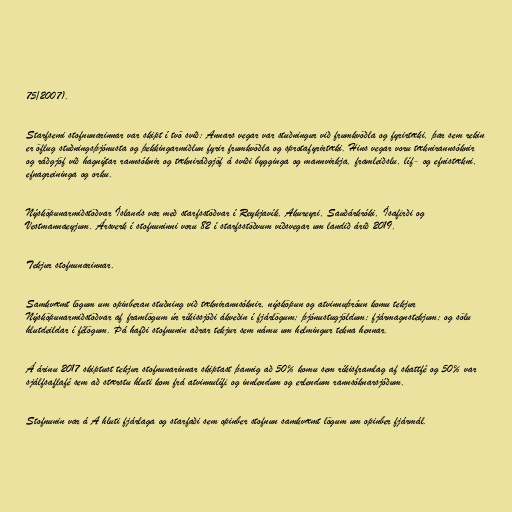
75/2007).

Starfsemi stofnunarinnar var skipt í tvö svið: Annars vegar var stuðningur við frumkvöðla og fyrirtæki, þar sem rekin
er öflug stuðningsþjónusta og þekkingarmiðlun fyrir frumkvöðla og sprotafyrirtæki. Hins vegar voru tæknirannsóknir
og ráðgjöf við hagnýtar rannsóknir og tækniráðgjöf á sviði bygginga og mannvirkja, framleiðslu, líf- og efnistækni,
efnagreininga og orku.

Nýsköpunarmiðstöðvar Íslands var með starfsstöðvar í Reykjavík, Akureyri, Sauðárkróki, Ísafirði og
Vestmannaeyjum. Ársverk í stofnuninni voru 82 í starfsstöðvum víðsvegar um landið árið 2019.

Tekjur stofnunarinnar.

Samkvæmt lögum um opinberan stuðning við tæknirannsóknir, nýsköpun og atvinnuþróun komu tekjur
Nýsköpunarmiðstöðvar af framlögum úr ríkissjóði ákveðin í fjárlögum; þjónustugjöldum; fjármagnstekjum; og sölu
hlutdeildar í félögum. Þá hafði stofnunin aðrar tekjur sem námu um helmingur tekna hennar.

Á árinu 2017 skiptust tekjur stofnunarinnar skiptast þannig að 50% komu sem ríkisframlag af skattfé og 50% var
sjálfsaflafé sem að stærstu hluti kom frá atvinnulífi og innlendum og erlendum rannsóknarsjóðum.

Stofnunin var á A hluti fjárlaga og starfaði sem opinber stofnun samkvæmt lögum um opinber fjármál.